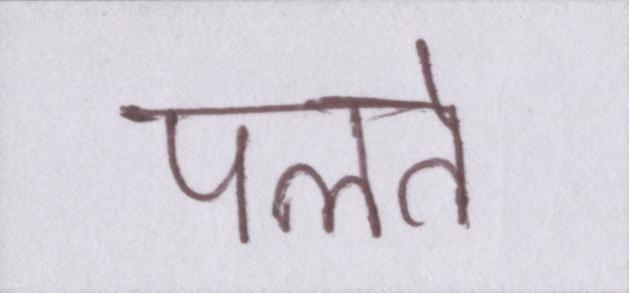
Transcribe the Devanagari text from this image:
पलते